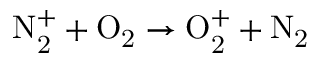
\mathrm { N _ { 2 } ^ { + } + O _ { 2 } \to O _ { 2 } ^ { + } + N _ { 2 } }